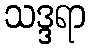
သဒ္ဒရာ